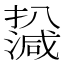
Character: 𤁙